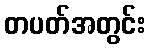
တပတ်အတွင်း